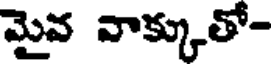
మైవ వాక్కుతో-